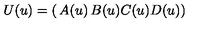
U ( u ) = \left( \begin{matrix} { A ( u ) } & { B ( u ) } \\ { C ( u ) } & { D ( u ) } \\ \end{matrix} \right)